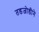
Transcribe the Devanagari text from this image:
तडजोडीने